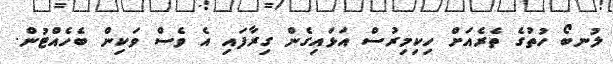
ލުނބޯ ހުތުގެ ތެރެއަށް ހިކިމިރުސް އަޅައިގެން ގިރާފައި އެ ވެސް ވަކިން ބެހެއްޓުން.